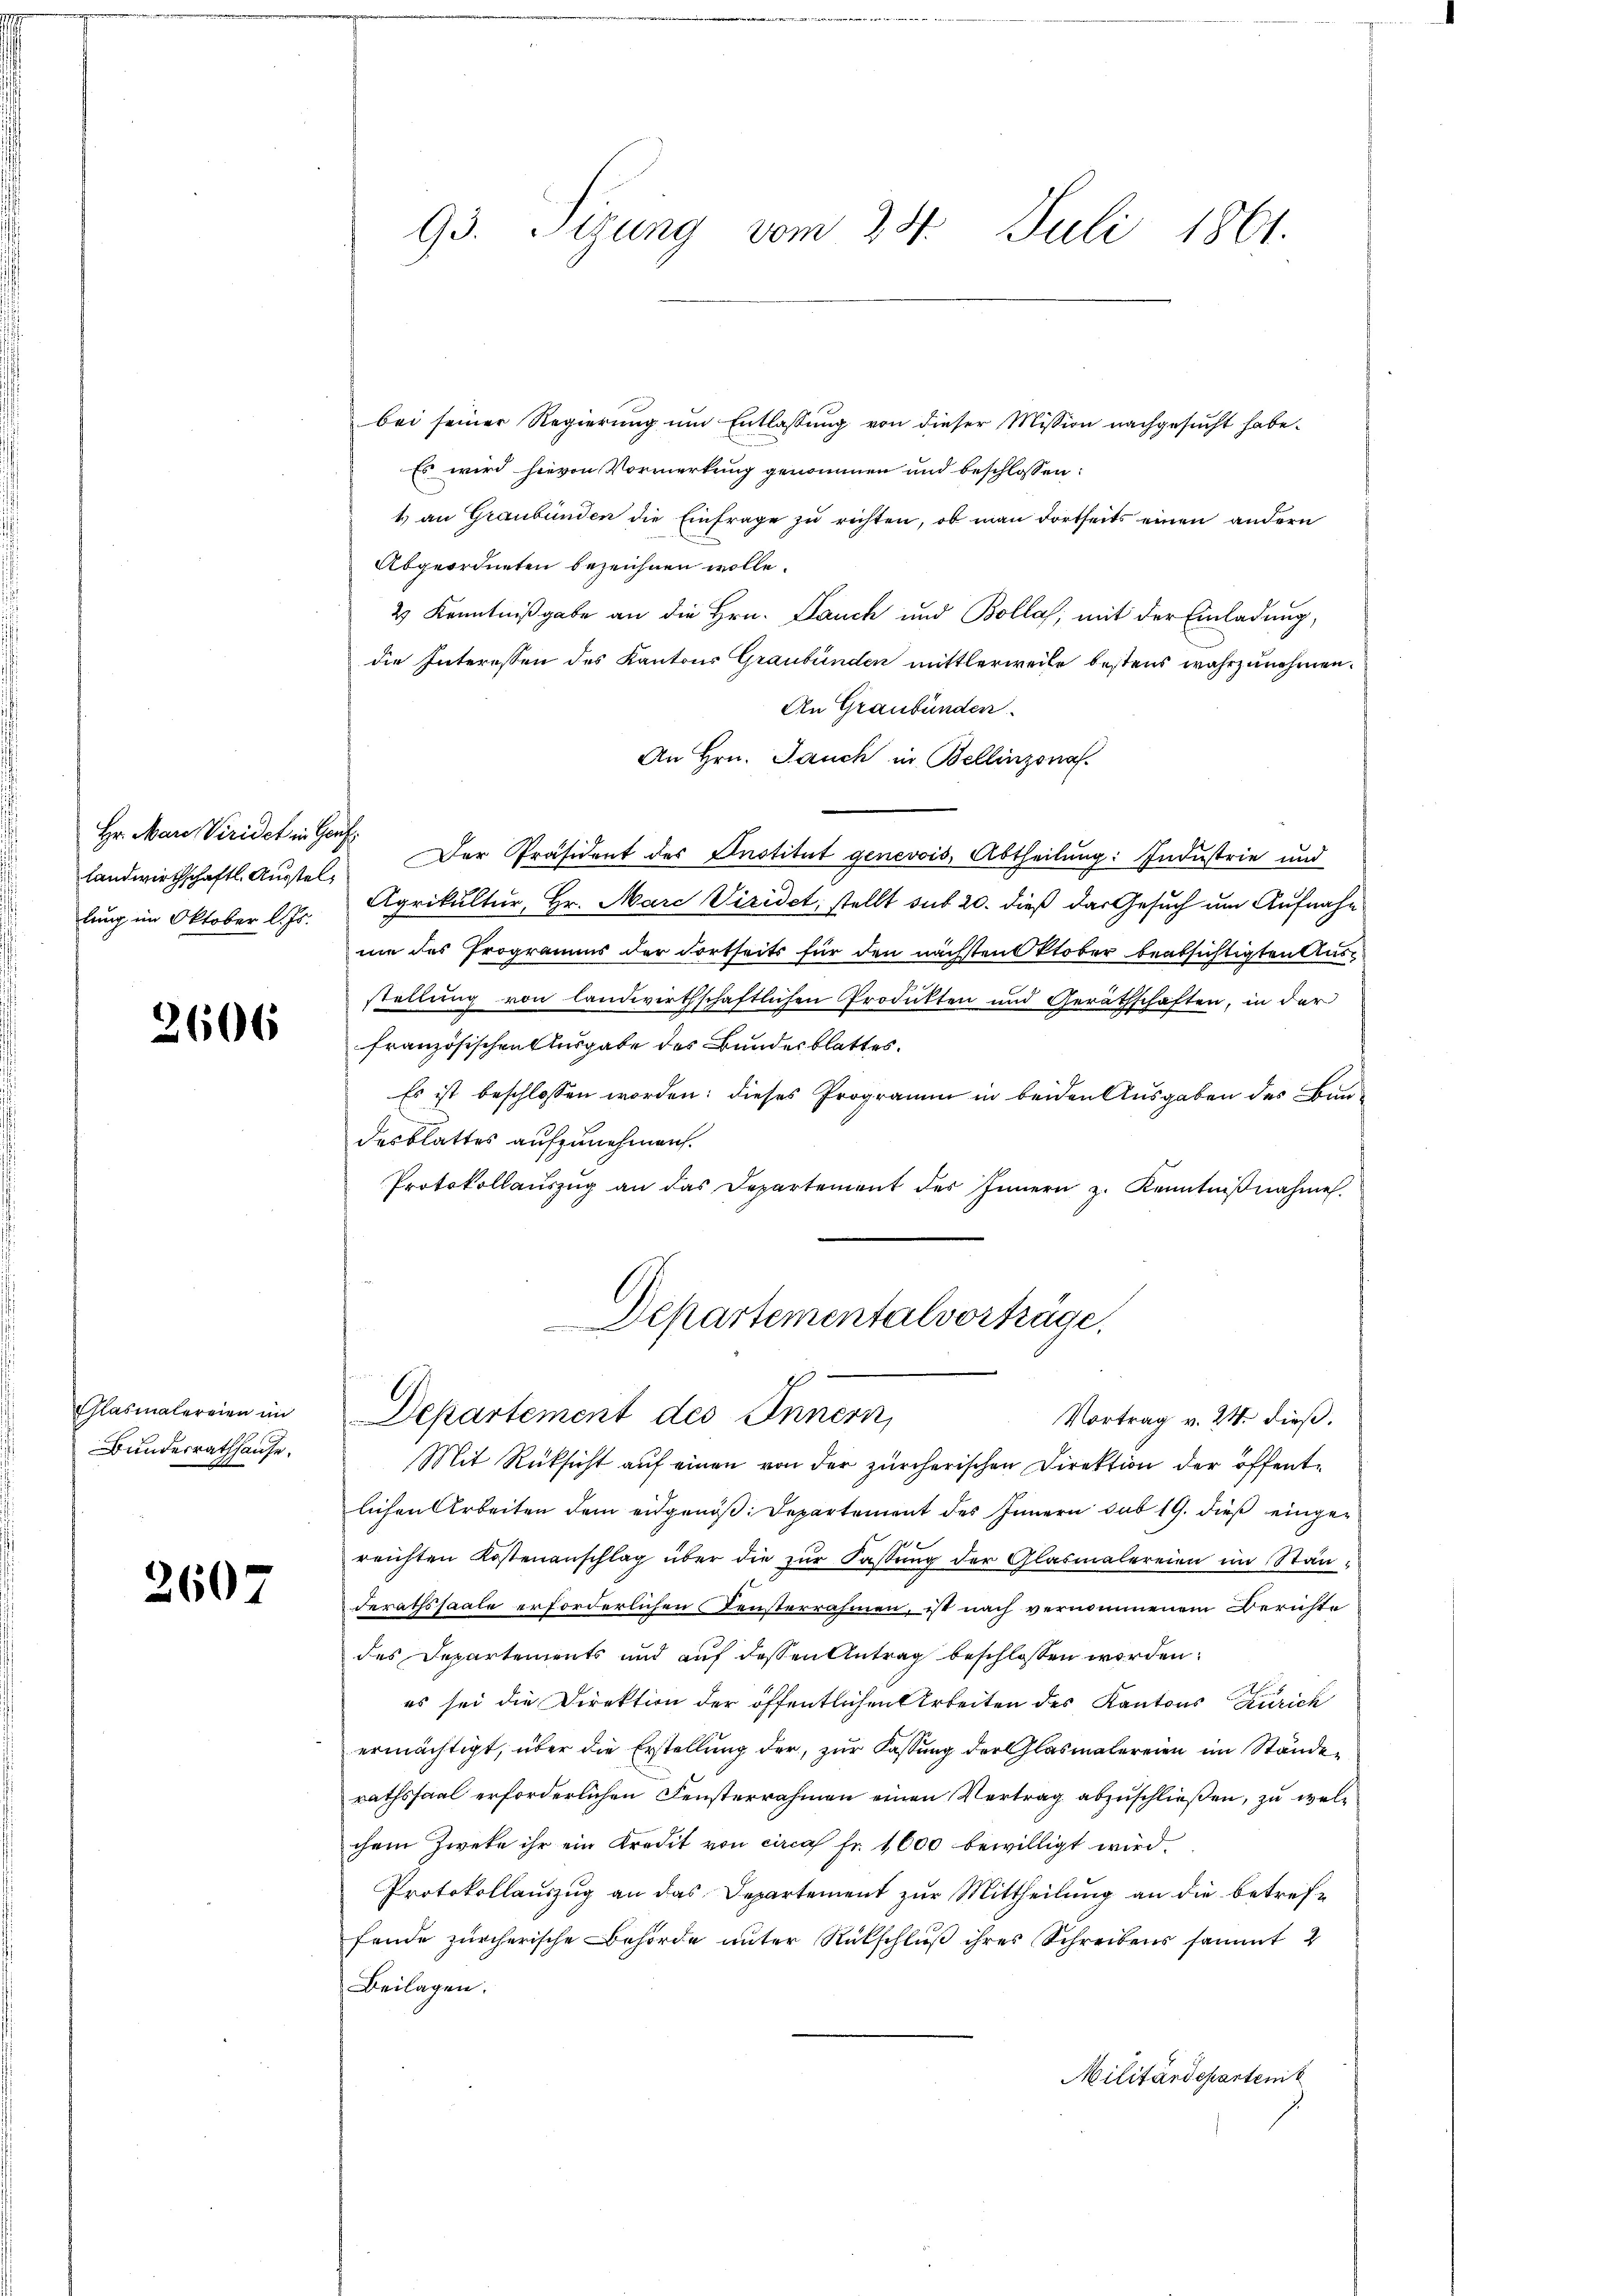
Hr. Mare Viridet in Genf
landwirthschaftl. Ausstellung im Oktober l. Js.

2606

Glasialereien im
Bundesrathhause.

2607

93. Tizung vom 24. Juli 1861.

bei seiner Regierung um Entlassung von dieser Mission nachgesucht habe.
Es wird hievon Vormerkung genommen und beschlossen:
4) an Graubünden die Einfrage zu richten, ob man dortseits einen andern
Abgeordneten bezeichnen wolle.
2 Kenntnißgabe an die Hrn. Lauch und Bolla, mit der Einladung,
die Interessen des Kantons Graubünden mittlerweile bestens wahrzunehmen.
An Graubünden.
An Hrn. Jauch in Bellinzona
Der Präsident des Institut genevois, Abtheilung: Industrie und
Agrikultur, Hr. Marie Viridet, stellt sub 20. dieß das Gesuch um Aufnahe
nie des Programms der dortseits für den nächsten Oktober beabsichtigten Ausstellung von landwirthschaftlichen Produkten und Geräthschaften, in der
französischen Ausgabe des Bundesblattes.
Es ist beschlossen worden: dieses Programm in beiden Ausgaben des Baudesblattes aufzunehmen.
Protokollaŭszŭg an das Departement des Innern z. Kenntniβnahme.
Departementalvorträge.
E
Departement des Innern,
Vortrag v. 24. dieß.
Mit Rüksicht auf einen von der zürcherischen Direktion der öffentlichen Arbeiten dem eidgenöß: Departement des Innern sub 19. dieß eingex
reichten Kostenanschlag über die zur Fassung der Glasmalereien im Ständerathssaale erforderlichen Fensterrahmen, ist nach vernommenem Berichte
des Departements und auf dessen Antrag beschlossen worden.
es sei die Direktion der öffentlichen Arbeiten des Kantons Zürich
ermächtigt, über die Erstellung der, zur Fastung der Glasmalereien im Ständerathssaal erforderlichen Fensterrahmen einen Vertrag abzuschließen, zu welchem Zweke ihr ein Kredit von circa Fr. 1600 bewilligt wird.
Protokollauszug an das Departement zur Mittheilung an die betreffende zürcherische Behörde unter Rückschluß ihres Schreibens sammt 2
Beilagen.
Militärdepartenit